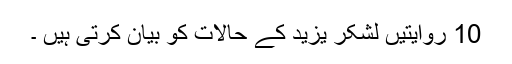
10 روایتیں لشکر یزید کے حالات کو بیان کرتی ہیں ۔